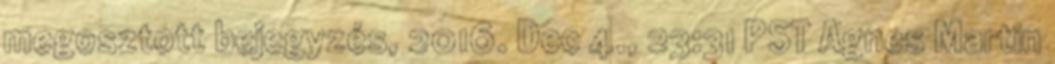
megosztott bejegyzés, 2016. Dec 4., 23:31 PST Agnes Martin